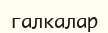
галкалар